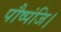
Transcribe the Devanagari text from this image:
पौष्पंजि।